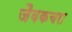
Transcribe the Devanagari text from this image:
जैवकचरा